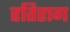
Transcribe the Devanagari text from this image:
रतिराग